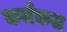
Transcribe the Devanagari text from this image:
कर्मकल